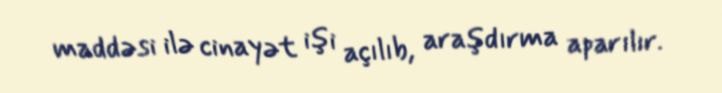
maddəsi ilə cinayət işi açılıb, araşdırma aparılır.